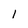
Character: 1